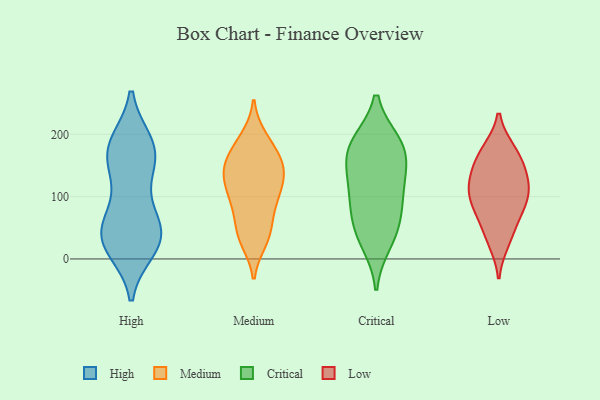
{"axis": {"x": "Satisfaction Score", "y": "Value"}, "legend": ["Critical", "High", "Low", "Medium"], "data": [{"x": "", "y": 40, "type": "High"}, {"x": "", "y": 51, "type": "High"}, {"x": "", "y": 151, "type": "High"}, {"x": "", "y": 31, "type": "High"}, {"x": "", "y": 171, "type": "High"}, {"x": "", "y": 185, "type": "High"}, {"x": "", "y": 161, "type": "High"}, {"x": "", "y": 41, "type": "High"}, {"x": "", "y": 68, "type": "High"}, {"x": "", "y": 177, "type": "High"}, {"x": "", "y": 17, "type": "High"}, {"x": "", "y": 111, "type": "High"}, {"x": "", "y": 37, "type": "High"}, {"x": "", "y": 19, "type": "High"}, {"x": "", "y": 185, "type": "High"}, {"x": "", "y": 30, "type": "Medium"}, {"x": "", "y": 143, "type": "Medium"}, {"x": "", "y": 133, "type": "Medium"}, {"x": "", "y": 97, "type": "Medium"}, {"x": "", "y": 193, "type": "Medium"}, {"x": "", "y": 138, "type": "Medium"}, {"x": "", "y": 179, "type": "Medium"}, {"x": "", "y": 141, "type": "Medium"}, {"x": "", "y": 40, "type": "Medium"}, {"x": "", "y": 94, "type": "Medium"}, {"x": "", "y": 164, "type": "Medium"}, {"x": "", "y": 96, "type": "Medium"}, {"x": "", "y": 49, "type": "Medium"}, {"x": "", "y": 97, "type": "Critical"}, {"x": "", "y": 186, "type": "Critical"}, {"x": "", "y": 57, "type": "Critical"}, {"x": "", "y": 122, "type": "Critical"}, {"x": "", "y": 182, "type": "Critical"}, {"x": "", "y": 161, "type": "Critical"}, {"x": "", "y": 184, "type": "Critical"}, {"x": "", "y": 143, "type": "Critical"}, {"x": "", "y": 45, "type": "Critical"}, {"x": "", "y": 27, "type": "Critical"}, {"x": "", "y": 92, "type": "Critical"}, {"x": "", "y": 109, "type": "Low"}, {"x": "", "y": 171, "type": "Low"}, {"x": "", "y": 173, "type": "Low"}, {"x": "", "y": 114, "type": "Low"}, {"x": "", "y": 157, "type": "Low"}, {"x": "", "y": 133, "type": "Low"}, {"x": "", "y": 29, "type": "Low"}, {"x": "", "y": 77, "type": "Low"}, {"x": "", "y": 86, "type": "Low"}, {"x": "", "y": 129, "type": "Low"}, {"x": "", "y": 43, "type": "Low"}, {"x": "", "y": 91, "type": "Low"}]}